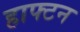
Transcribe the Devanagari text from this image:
हाफ्टन